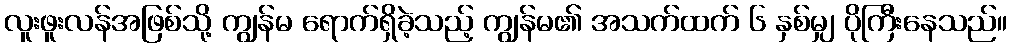
လူးဖူးလန်အဖြစ်သို့ ကျွန်မ ရောက်ရှိခဲ့သည့် ကျွန်မ၏ အသက်ထက် ၆ နှစ်မျှ ပိုကြီးနေသည်။